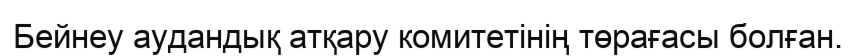
Бейнеу аудандық атқару комитетінің төрағасы болған.